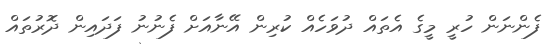
ފެންނަން ހުރީ މީގެ އެތައް ދުވަހެއް ކުރިން އޭނާއަށް ފެނުނު ފަދައިން ދޮރުތައް